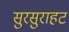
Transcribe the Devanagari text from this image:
सुरसुराहट